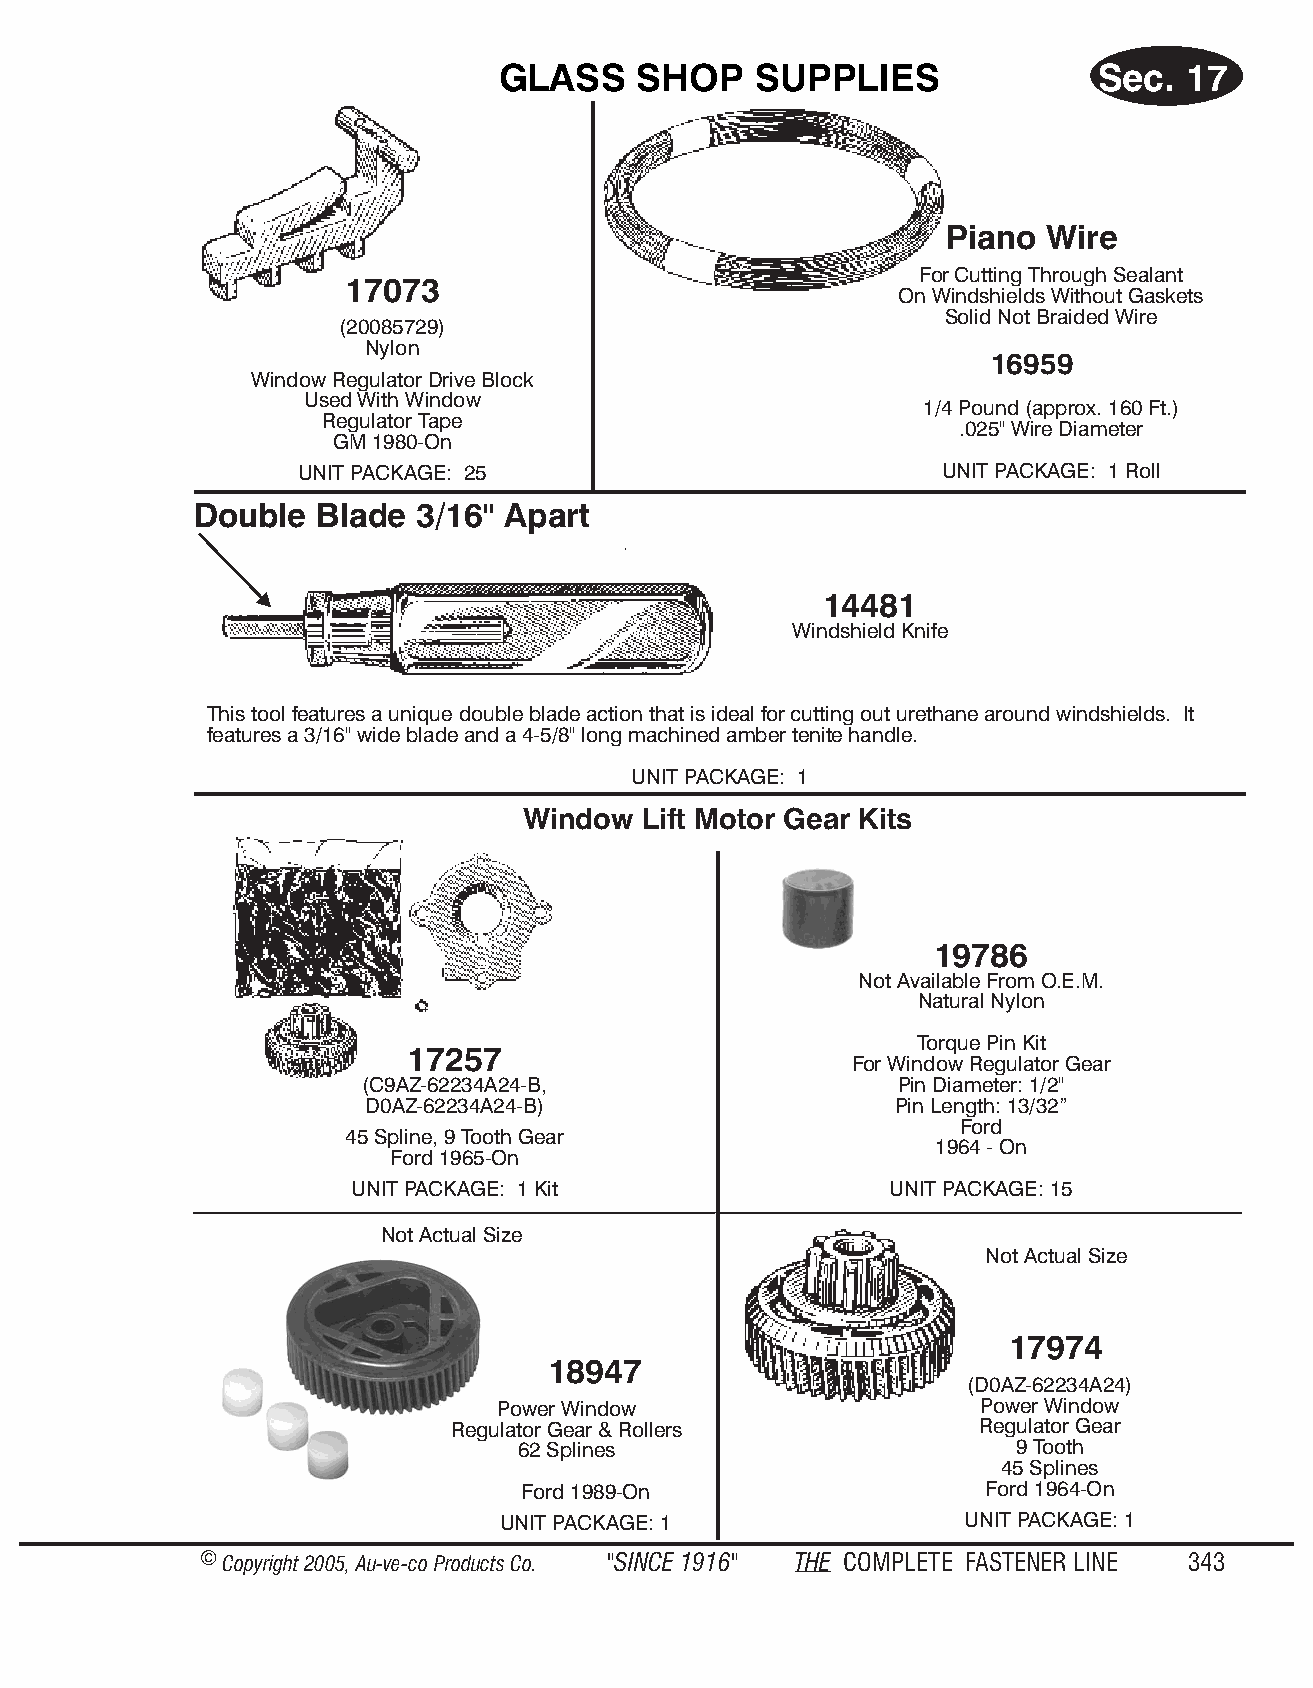
GLASS    SHOP    SUP  PLIES             Sec.  17
 Piano Wire
 For Cutting Through Sealant
 17073
 On Windshields Without Gaskets
 Solid Not Braided Wire
 (20085729)
 Nylon
 16959
 Win dow Reg u la tor Drive Block
 Used With Wind ow
 1/4 Pound (approx. 160 Ft.)
 Reg u la tor Tape
 .025" Wire Diameter
 GM 1980-On
 UNIT PACK AGE: 25                          UNIT PACKAGE: 1 Roll
 Double  Blade  3/16" Apart
 14481
 Wind shield Knife
 This tool features a unique double blade action that is ideal for cutting out urethane around windshields. It
 features a 3/16" wide blade and a 4-5/8" long machined amber tenite handle.
 UNIT PACK AGE: 1
 Window  Lift Motor Gear Kits
 19786
 Not Available From O.E.M.
 Natural Nylon
 Torque Pin Kit
 17257
 For Window Regulator Gear
 (C9AZ-62234A24-B,                   Pin Diameter: 1/2"
 D0AZ-62234A24-B)                   Pin Length: 13/32”
 Ford
 45 Spline, 9 Tooth Gear
 1964 - On
 Ford 1965-On
 UNIT PACKAGE: 1 Kit                 UNIT PACKAGE: 15
 Not Actual Size
 Not Actual Size
 17974
 18947
 (D0AZ-62234A24)
 Power Window                    Power Wind ow
 Regulator Gear & Rollers           Reg u la tor Gear
 62 Splines                      9 Tooth
 45 Splines
 Ford 1989-On                  Ford 1964-On
 UNIT PACKAGE: 1                UNIT PACK AGE: 1
 © Copyr ight 2005, Au-ve-co Produ cts Co. "SINCE 1916" THE COM PLETE FAST ENER LINE 343